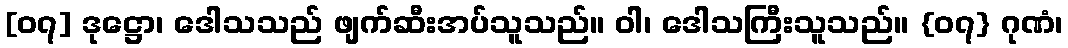
[၀၇] ဒုဋ္ဌော၊ ဒေါသသည် ဖျက်ဆီးအပ်သူသည်။ ဝါ၊ ဒေါသကြီးသူသည်။ {၀၇} ဂုဏံ၊